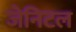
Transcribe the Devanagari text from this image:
जेनिटल